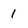
Character: 1